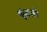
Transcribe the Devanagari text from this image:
खुंटतो